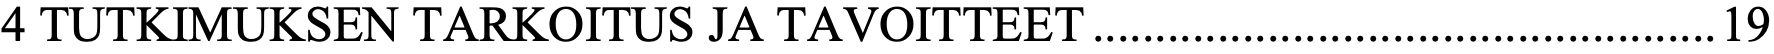
4 TUTKIMUKSEN TARKOITUS JA TAVOITTEET .................................................. 19